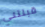
قبلتني